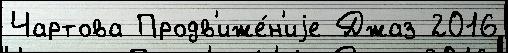
Чартова Продв'иже́н'иjе Джаз 2016